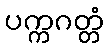
ပက္ကဂတ္တံ